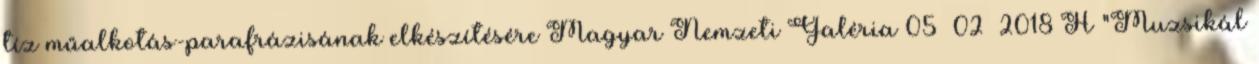
tíz műalkotás-parafrázisának elkészítésére Magyar Nemzeti Galéria 05 02 2018 H "Muzsikál